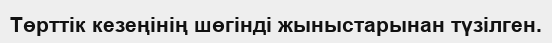
Төрттік кезеңінің шөгінді жыныстарынан түзілген.